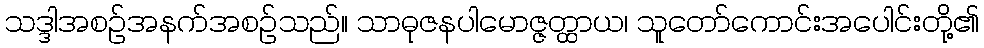
သဒ္ဒါအစဉ်အနက်အစဉ်သည်။ သာဓုဇနပါမောဇ္ဇတ္ထာယ၊ သူတော်ကောင်းအပေါင်းတို့၏